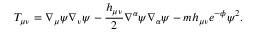
T _ { \mu \nu } = \nabla _ { \mu } \psi \nabla _ { \nu } \psi - \frac { h _ { \mu \nu } } { 2 } \nabla ^ { \alpha } \psi \nabla _ { \alpha } \psi - m h _ { \mu \nu } e ^ { - \phi } \psi ^ { 2 } .